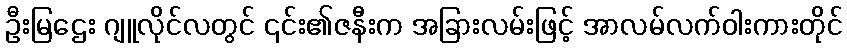
ဦးမြဌေး ဂျူလိုင်လတွင် ၎င်း၏ဇနီးက အခြားလမ်းဖြင့် အာလမ်လက်ဝါးကားတိုင်